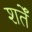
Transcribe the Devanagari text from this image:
शर्तेँ